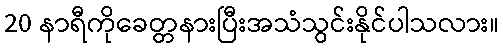
20 နာရီကိုခေတ္တနားပြီးအသံသွင်းနိုင်ပါသလား။